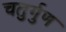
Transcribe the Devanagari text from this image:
चतुर्गुण